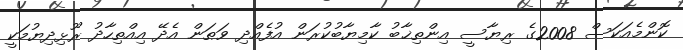
ކޮންމެއަކަސް 2008ގެ ރިޔާސީ އިންތިޚާބު ކާމިޔާބުކުރަން އުފެއްދި ވަޠަން އެދޭ އިއްތިހާދު ރޫޅިދިޔުމަކީ